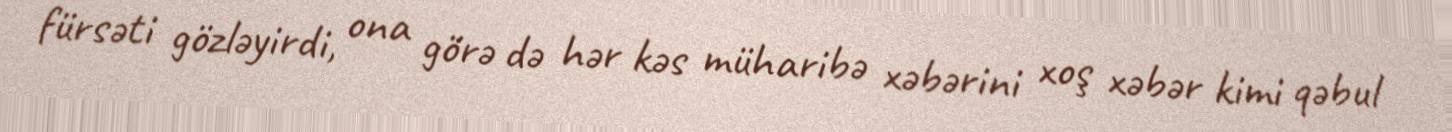
fürsəti gözləyirdi, ona görə də hər kəs müharibə xəbərini xoş xəbər kimi qəbul